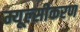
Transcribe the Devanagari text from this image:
म्यूल्सीकरण